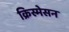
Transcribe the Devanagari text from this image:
क्रिस्मेसन